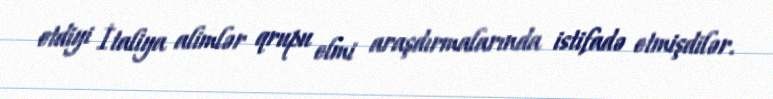
etdiyi İtaliya alimlər qrupu elmi araşdırmalarında istifadə etmişdilər.